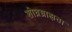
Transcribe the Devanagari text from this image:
शीघ्रग्राह्यता